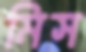
মিস